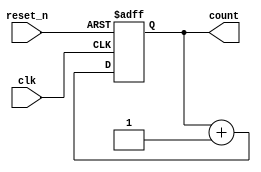
module async_counter #(parameter WIDTH = 4) (
    input wire clk,            // Clock input
    input wire reset_n,       // Active low asynchronous reset
    output reg [WIDTH-1:0] count // Current count value
);

// Rising edge detection for counting
always @(posedge clk or negedge reset_n) begin
    if (!reset_n) begin
        count <= 0; // Reset the counter to 0
    end else begin
        count <= count + 1; // Increment the counter
    end
end

endmodule